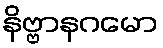
နိဗ္ဗာနဂမော